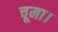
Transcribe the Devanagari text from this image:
चूमा।